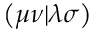
\left( \mu \nu | \lambda \sigma \right)